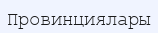
Провинциялары